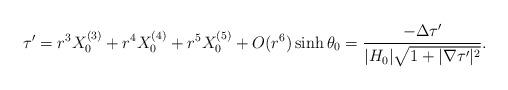
LaTeX: \begin{align*} \tau' = r^3 X_0^{(3)} + r^4 X_0^{(4)} +r^5 X_0^{(5)} +O(r^6) \sinh \theta _0= \frac{- \Delta \tau'}{|H_0| \sqrt{1+|\nabla\tau'|^2}}.\end{align*}